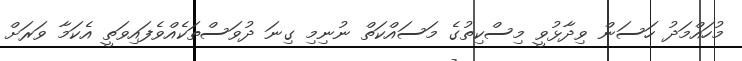
މުހައްމަދު ހަސަން ވިދާޅުވީ މިސްކިތުގެ މަސައްކަތް ނުނިމި ގިނަ ދުވަސްތަކެއްވެފައިވަތީ އެކަމާ ވަރަށް